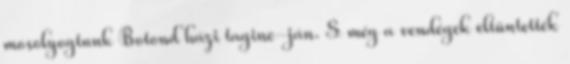
mosolyogtunk Botond házi tagine-ján. S még a vendégek eltüntették